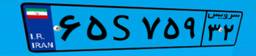
۶۵S۷۵۹۳۲